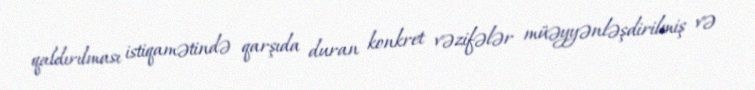
qaldırılması istiqamətində qarşıda duran konkret vəzifələr müəyyənləşdirilmiş və